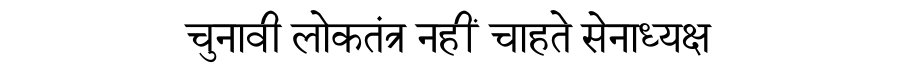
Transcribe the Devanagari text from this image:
चुनावी लोकतंत्र नहीं चाहते सेनाध्यक्ष